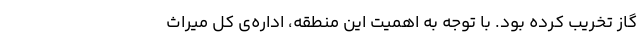
گاز تخریب کرده بود. با توجه به اهمیت این منطقه، اداره‌ی کل میراث